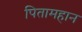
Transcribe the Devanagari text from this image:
पितामहान